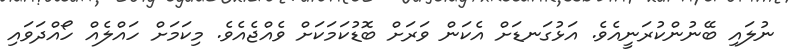
ނުލައި ބޭނުންކުރަނީއެވެ. އަޅުގަނޑަށް އެކަން ވަރަށް ބޮޑުކަމަކަށް ވެއްޖެއެވެ. މިކަމަށް ހައްލެއް ހޯއްދަވައި